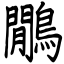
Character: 鷳